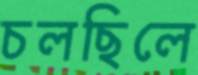
চলছিলে